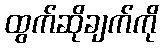
ထွက်ဆိုချက်ကို